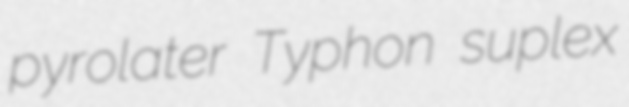
pyrolater Typhon suplex